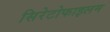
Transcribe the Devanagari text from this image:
सिरेटोफाइलम